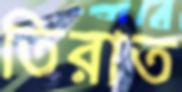
তিরাত